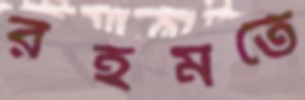
রহমতে